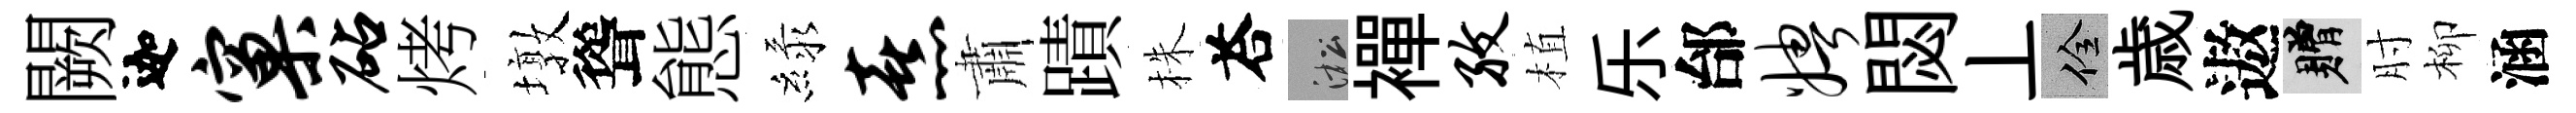
闕迦窠砧烤墩聳態緑熹肅蹟株荅淞襌孜植乐邰娉閟丄佺歳遨贈肘柳涵